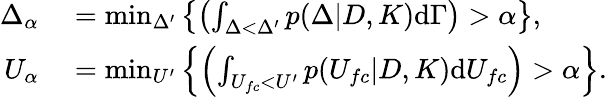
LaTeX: \begin{array}{rl}{\Delta_{\alpha}}&{{}=\operatorname*{min}_{\Delta^{\prime}}\left\{ \left(\int_{\Delta<\Delta^{\prime}}p(\Delta|D,K)\textup{d}\Gamma\right)>\alpha\right\} ,}\\ {U_{\alpha}}&{{}=\operatorname*{min}_{U^{\prime}}\left\{ \left(\int_{U_{fc}<U^{\prime}}p(U_{fc}|D,K)\textup{d}U_{fc}\right)>\alpha\right\} .}\end{array}